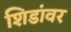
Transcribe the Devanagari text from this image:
शिडांवर